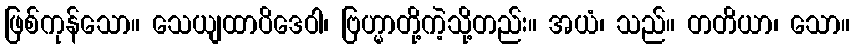
ဖြစ်ကုန်သော။ သေယျထာပိဒေဝါ၊ ဗြဟ္မာတို့ကဲ့သို့တည်း။ အယံ၊ သည်။ တတိယာ၊ သော။